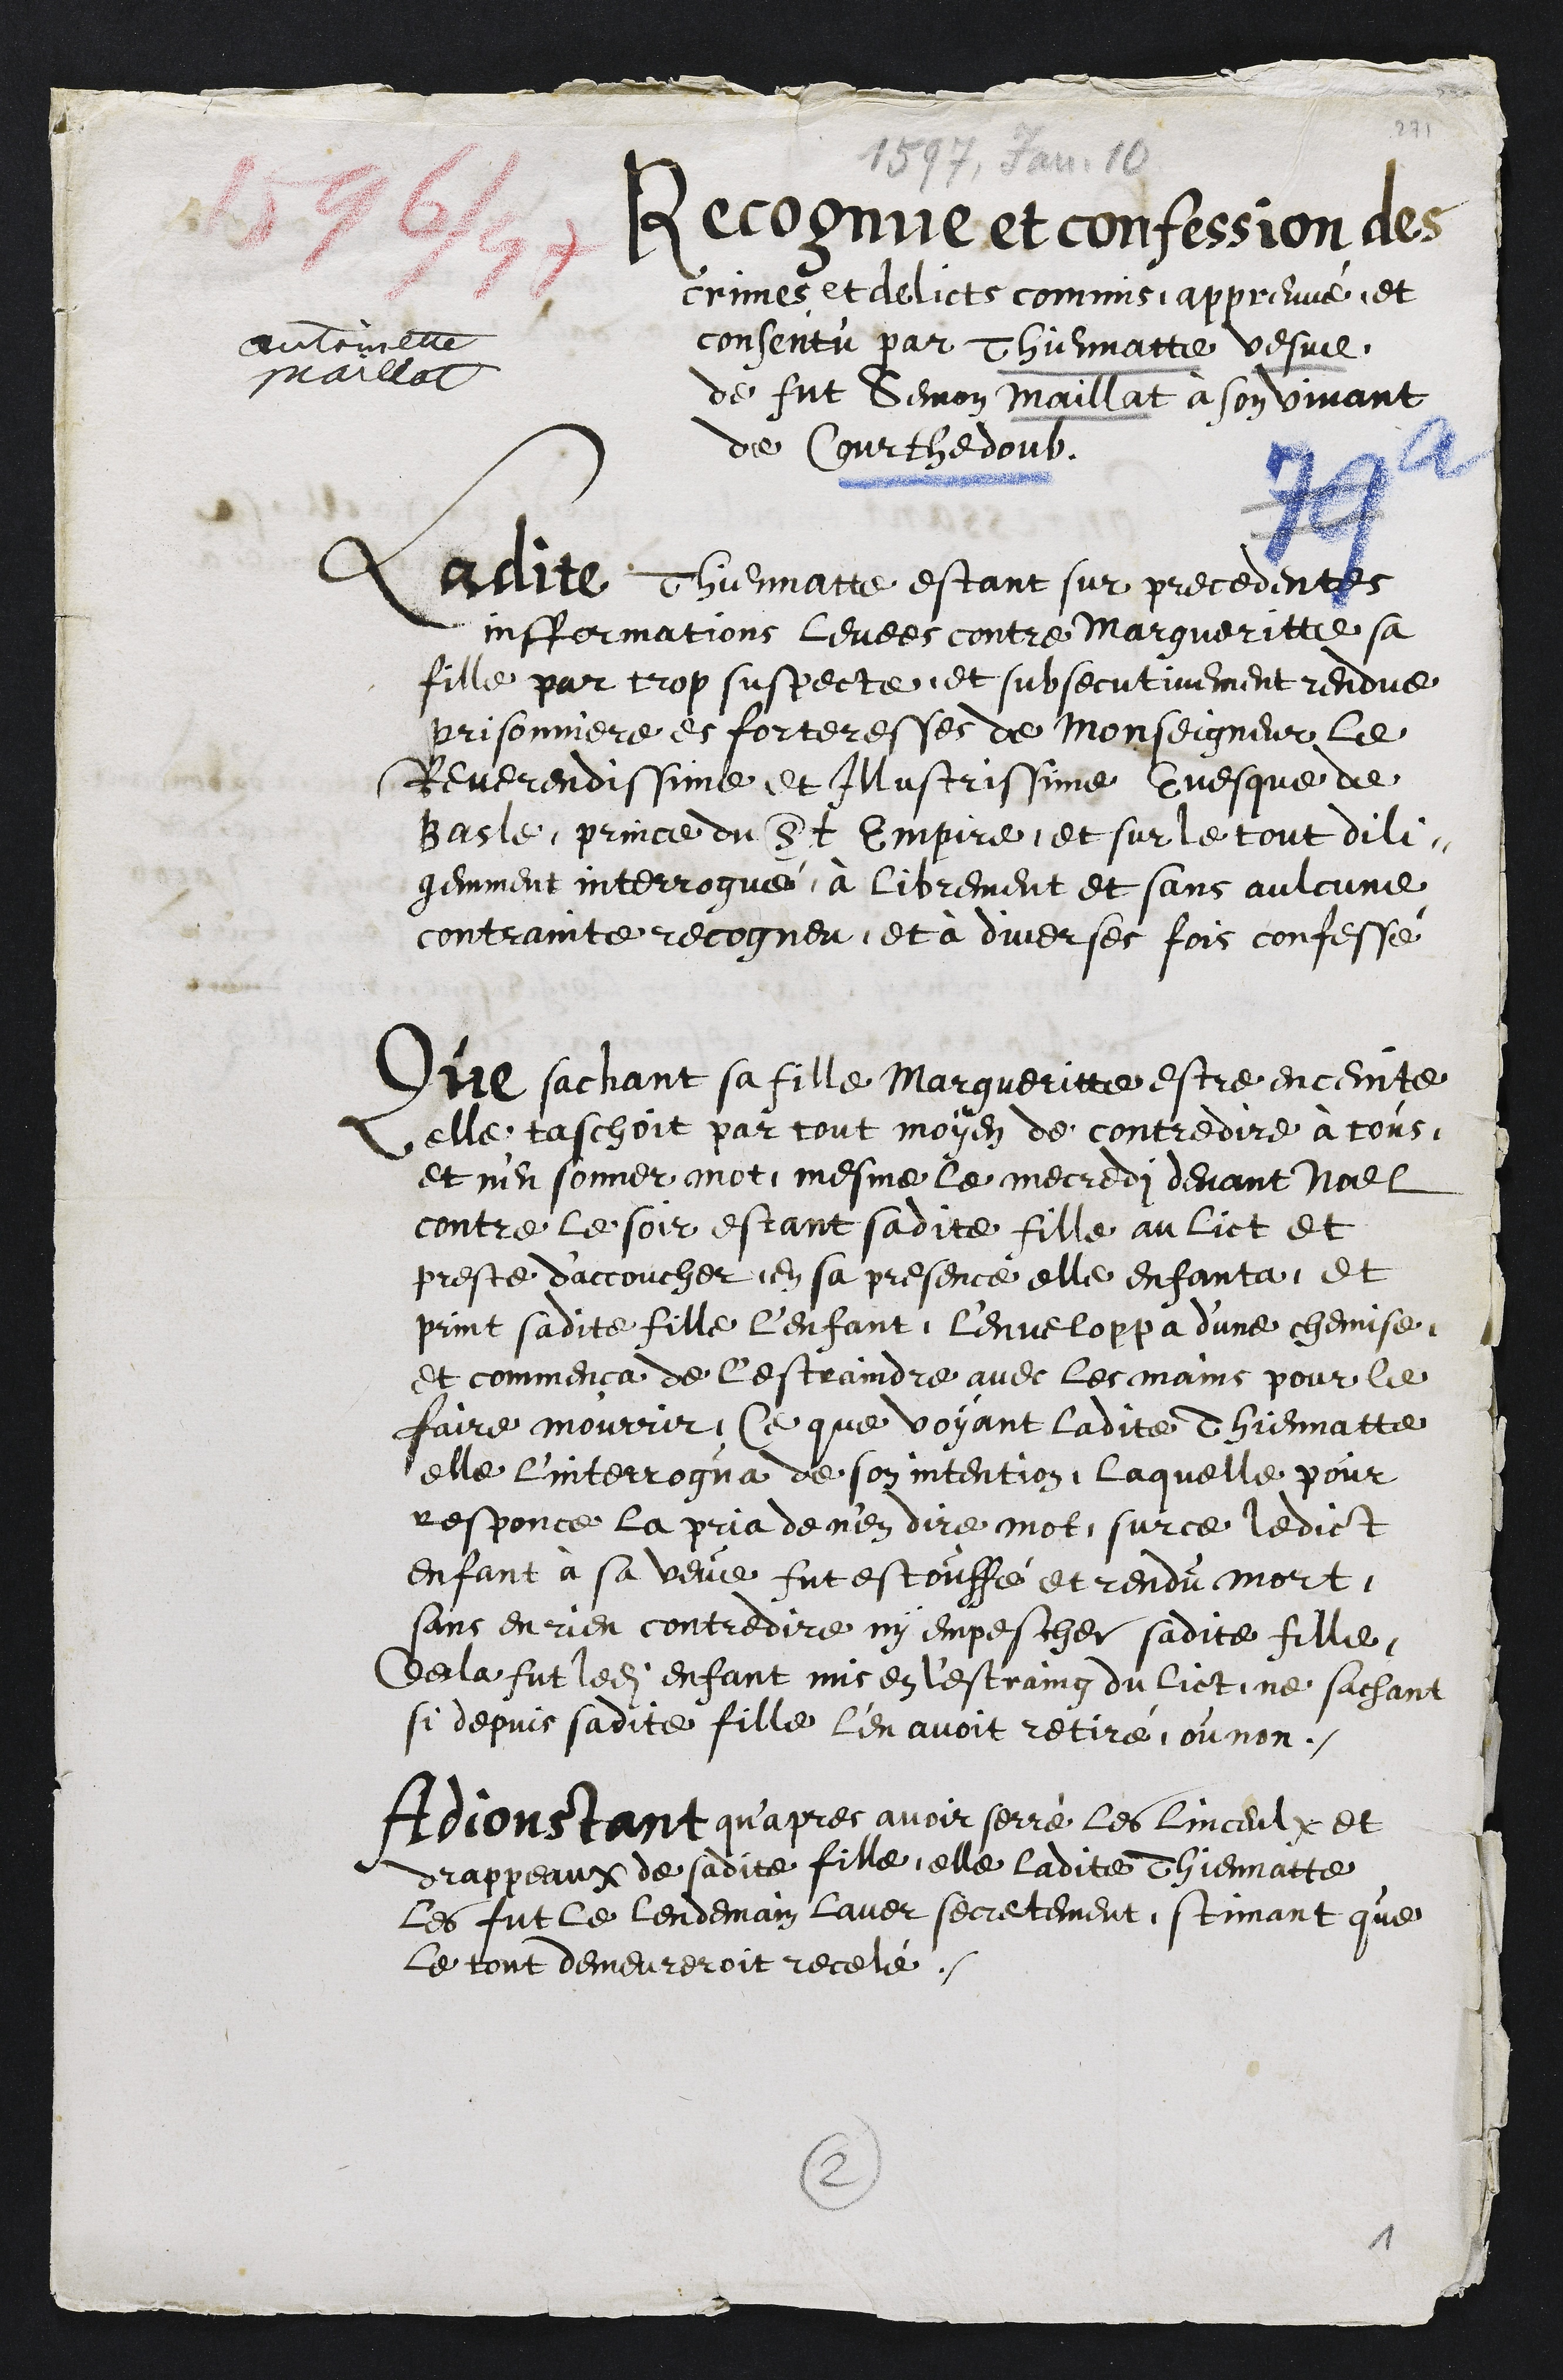
Antoinette
Maillat
Recognue et confession des
crimes et delicts commis, appreuvé, et
consentu par Thiennatte vesve
de fut Semon Maillat à son vivant
de Courthedoub.
Ladite Thiennatte estant sur precedentes
infformations levees contre Margueritte sa
fille par trop suspecte, et subsecutivement rendue
prisonniere es forteresses de Monseigneur le
Reverendissime et Illustrissime Evesque de
Basle, prince du St Empire, et sur le tout dili¬
gemment interrogué, à librement et sans aulcune
contrainte recogneu et à diverses fois confessé
Que sachant sa fille Margueritte estre enceinte
elle taschoit par tout moyen de contredire à tous
et n'en sonner mot, mesme le mecredi devant Noel
contre le soir estant sadite fille au lict et
preste d’accoucher en sa presence elle enfanta, et
print sadite fille l'enfant, l'enveloppa d'une chemise,
et commença de l'estraindre avec les mains pour le
faire mourrir, Ce que voyant ladite Thiennatte
elle l'interrogua de son intention, laquelle pour
responce la pria de n'en dire mot, sur ce ledict
enfant à sa veue fut estouffé et rendu mort.
sans en rien contredire ny empescher sadite fille,
Desla fut ledit enfant mis en l'estraing du lict, ne sachant
si depuis sadite fille l'en avoit retiré, ou non.
Adjoustant qu'apres avoir serré les linceulx et
drappeaux de sadite fille, elle ladite Thiennatte
les fut le lendemain laver secretement, stimant que
le tout demeureroit recelé.
2

1